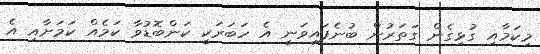
މިކަމާއި ގުޅިގެން ގަތަރުން ބުނެފައިވަނީ އެ ހަބަރަކީ ކަންބޮޑުވާ ކަމެއް ކަމަށާއި އެ